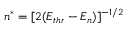
n ^ { * } = [ 2 ( E _ { t h r } - E _ { n } ) ] ^ { - 1 / 2 }